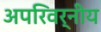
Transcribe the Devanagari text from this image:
अपरिवर्नीय